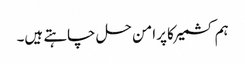
ہم کشمیر کا پرامن حل چاہتے ہیں۔